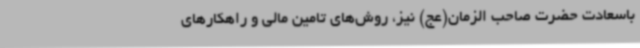
باسعادت حضرت صاحب الزمان(عج) نیز، روش‌های تامین مالی و راهکارهای